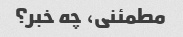
مطمئنی، چه خبر؟